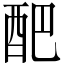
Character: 𮠟